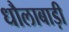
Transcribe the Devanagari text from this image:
धौलाबाड़ी